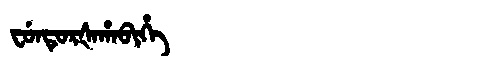
Manchu: ᠸᡠᠨᡨᡠᡵᡧᠠᡥᠠᠪᡳᡥᡝ
Romanization: FUNTURŠAHABIHE